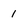
Character: 1